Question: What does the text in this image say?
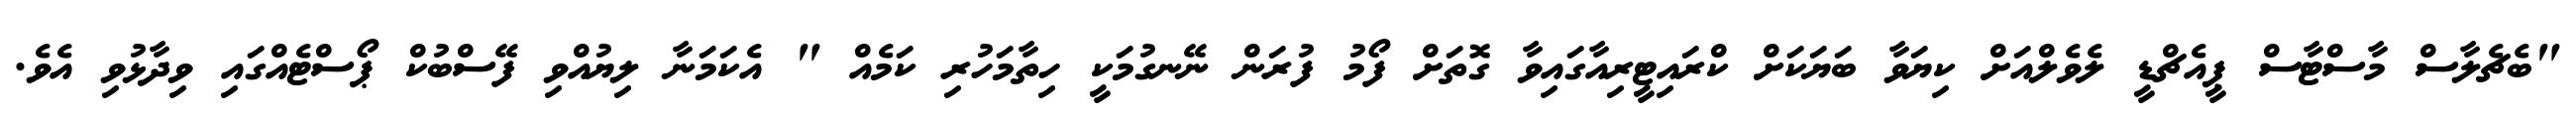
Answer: "ބެޗެލާސް މާސްޓާސް ޕީއެޗްޑީ ލެވެލްއަށް ކިޔަވާ ބަޔަކަށް ކްރައިޓީރިއާގައިވާ ގޮތަށް ފޯމު ފުރަން ނޭނގުމަކީ ހިތާމަހުރި ކަމެއް " އެކަމަނާ ލިޔުއްވި ފޭސްބުކް ޕޯސްޓެއްގައި ވިދާޅުވި އެވެ.